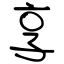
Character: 享